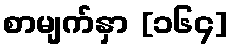
စာမျက်နှာ [၁၆၄]